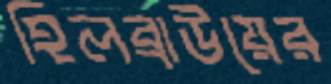
হিলব্রাউয়ের